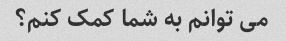
می توانم به شما کمک کنم؟